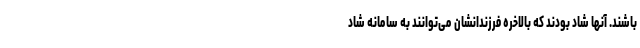
باشند. آنها شاد بودند که بالاخره فرزندانشان می‌توانند به سامانه شاد